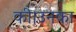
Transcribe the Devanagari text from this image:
की।उनका